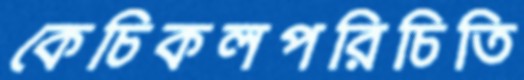
কেচিকলপরিচিতি